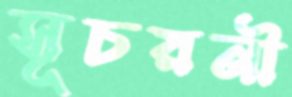
সূচয়নী